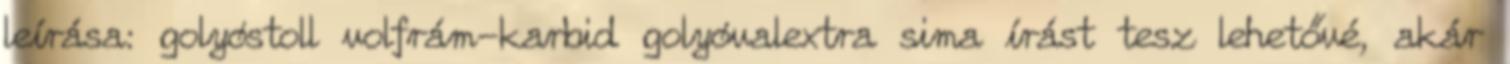
leírása: golyóstoll volfrám-karbid golyóvalextra sima írást tesz lehetővé, akár